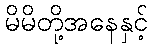
မိမိတို့အနေနှင့်